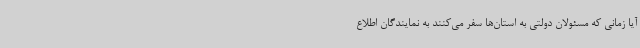
آیا زمانی که مسئولان دولتی به استان‌ها سفر می‌کنند به نمایندگان اطلاع